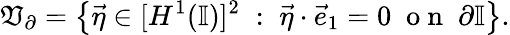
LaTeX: \mathfrak{V}_{\partial}=\left\{ \vec{{\eta}}\in[H^{1}(\mathbb{{I}})]^{2}\; :\; \vec{{\eta}}\cdot\vec{{e}}_{1}=0\; \mathrm{{~o~n~}}\; \partial\mathbb{{I}}\right\} .